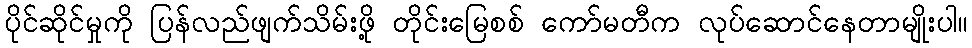
ပိုင်ဆိုင်မှုကို ပြန်လည်ဖျက်သိမ်းဖို့ တိုင်းမြေစစ် ကော်မတီက လုပ်ဆောင်နေတာမျိုးပါ။